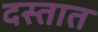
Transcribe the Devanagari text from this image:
दस्तात